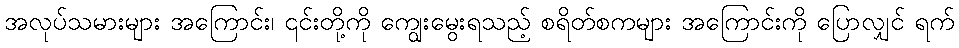
အလုပ်သမားများ အကြောင်း၊ ၎င်းတို့ကို ကျွေးမွေးရသည့် စရိတ်စကများ အကြောင်းကို ပြောလျှင် ရက်